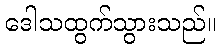
ဒေါသထွက်သွားသည်။